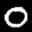
Label: 0